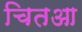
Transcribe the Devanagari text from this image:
चितआ